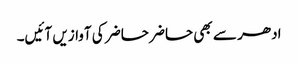
ادھر سے بھی حاضر حاضر کی آوازیں آئیں۔